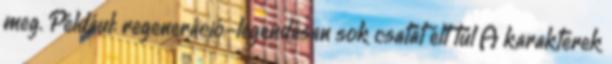
meg. Például: regeneráció-legendásan sok csatát élt túl A karakterek